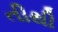
તીથી